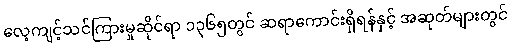
လေ့ကျင့်သင်ကြားမှုဆိုင်ရာ ၁၃၆၅တွင် ဆရာကောင်းရှိရန်နှင့် အဆုတ်များတွင်